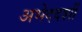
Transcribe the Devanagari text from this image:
अभेददर्शी